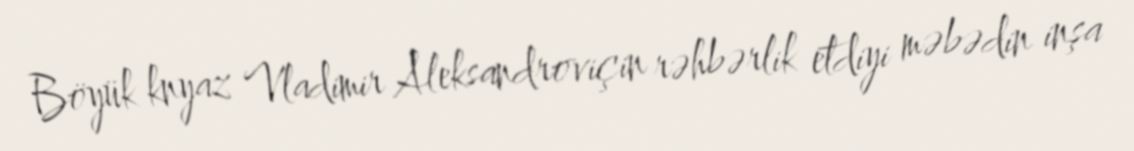
Böyük knyaz Vladimir Aleksandroviçin rəhbərlik etdiyi məbədin inşa